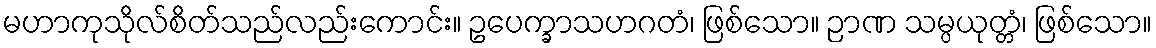
မဟာကုသိုလ်စိတ်သည်လည်းကောင်း။ ဥပေက္ခာသဟဂတံ၊ ဖြစ်သော။ ဉာဏ သမ္ပယုတ္တံ၊ ဖြစ်သော။